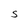
Character: S